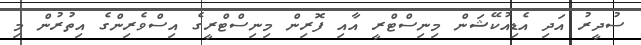
ސުދީރު އަދި އެޑިއުކޭޝަން މިނިސްޓްރީ އާއި ފޮރިން މިނިސްޓްރީގެ އިސްވެރިންގެ އިތުރުން މި